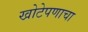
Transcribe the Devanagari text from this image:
खोटेपणाचा